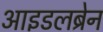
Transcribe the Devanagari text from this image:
आइडलब्रेन